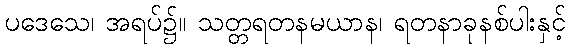
ပဒေသေ၊ အရပ်၌။ သတ္တရတနမယာန၊ ရတနာခုနစ်ပါးနှင့်